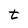
Character: t